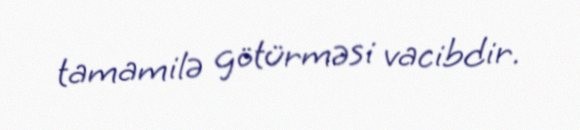
tamamilə götürməsi vacibdir.